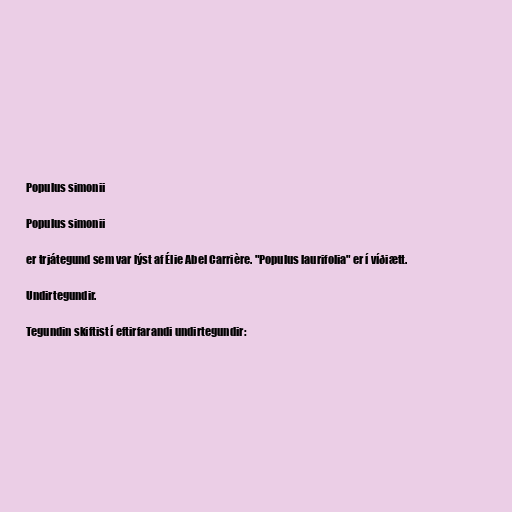
Populus simonii

Populus simonii

er trjátegund sem var lýst af Élie Abel Carrière. "Populus laurifolia" er í víðiætt.

Undirtegundir.

Tegundin skiftist í eftirfarandi undirtegundir: